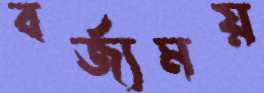
বর্জ্যময়